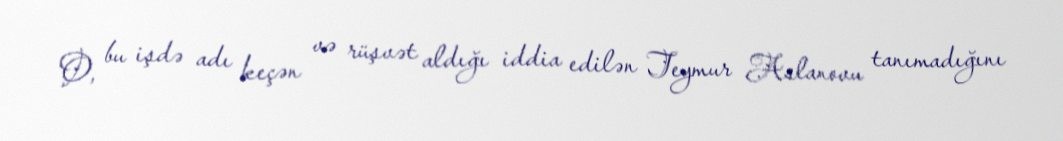
O, bu işdə adı keçən və rüşvət aldığı iddia edilən Teymur Aslanovu tanımadığını